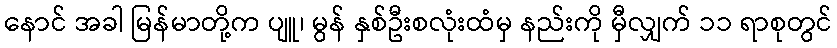
နောင် အခါ မြန်မာတို့က ပျူ၊ မွန် နှစ်ဦးစလုံးထံမှ နည်းကို မှီလျှက် ၁၁ ရာစုတွင်